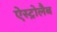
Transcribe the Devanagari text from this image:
ऐस्ट्रोलैब